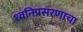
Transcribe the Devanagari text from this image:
ध्वनिप्रसरणाचा